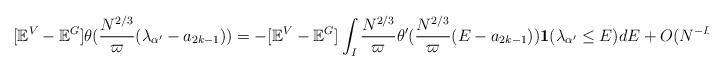
LaTeX: \begin{align*} [\mathbb{E}^V-\mathbb{E}^G] \theta(\frac{N^{2/3}}{\varpi}(\lambda_{\alpha^{\prime}}-a_{2k-1})) =-[\mathbb{E}^V-\mathbb{E}^G] \int_I \frac{N^{2/3}}{\varpi} \theta^{\prime}(\frac{N^{2/3}}{\varpi}(E-a_{2k-1})) \mathbf{1}(\lambda_{\alpha^{\prime}}\leq E)dE+O(N^{-D_1}),\end{align*}